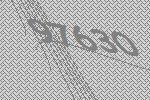
97630